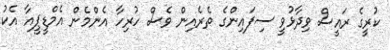
ކުރީގެ ރައީސް ވިދާޅުވީ ސިފައިންގެ ތެރެއިން ވެސް ހުރިހާ އެންމެން އެމްޑީޕީއާ އެކު